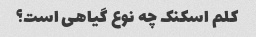
کلم اسکنک چه نوع گیاهی است؟